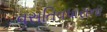
વસતિવધારાના